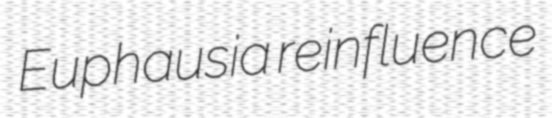
Euphausia reinfluence